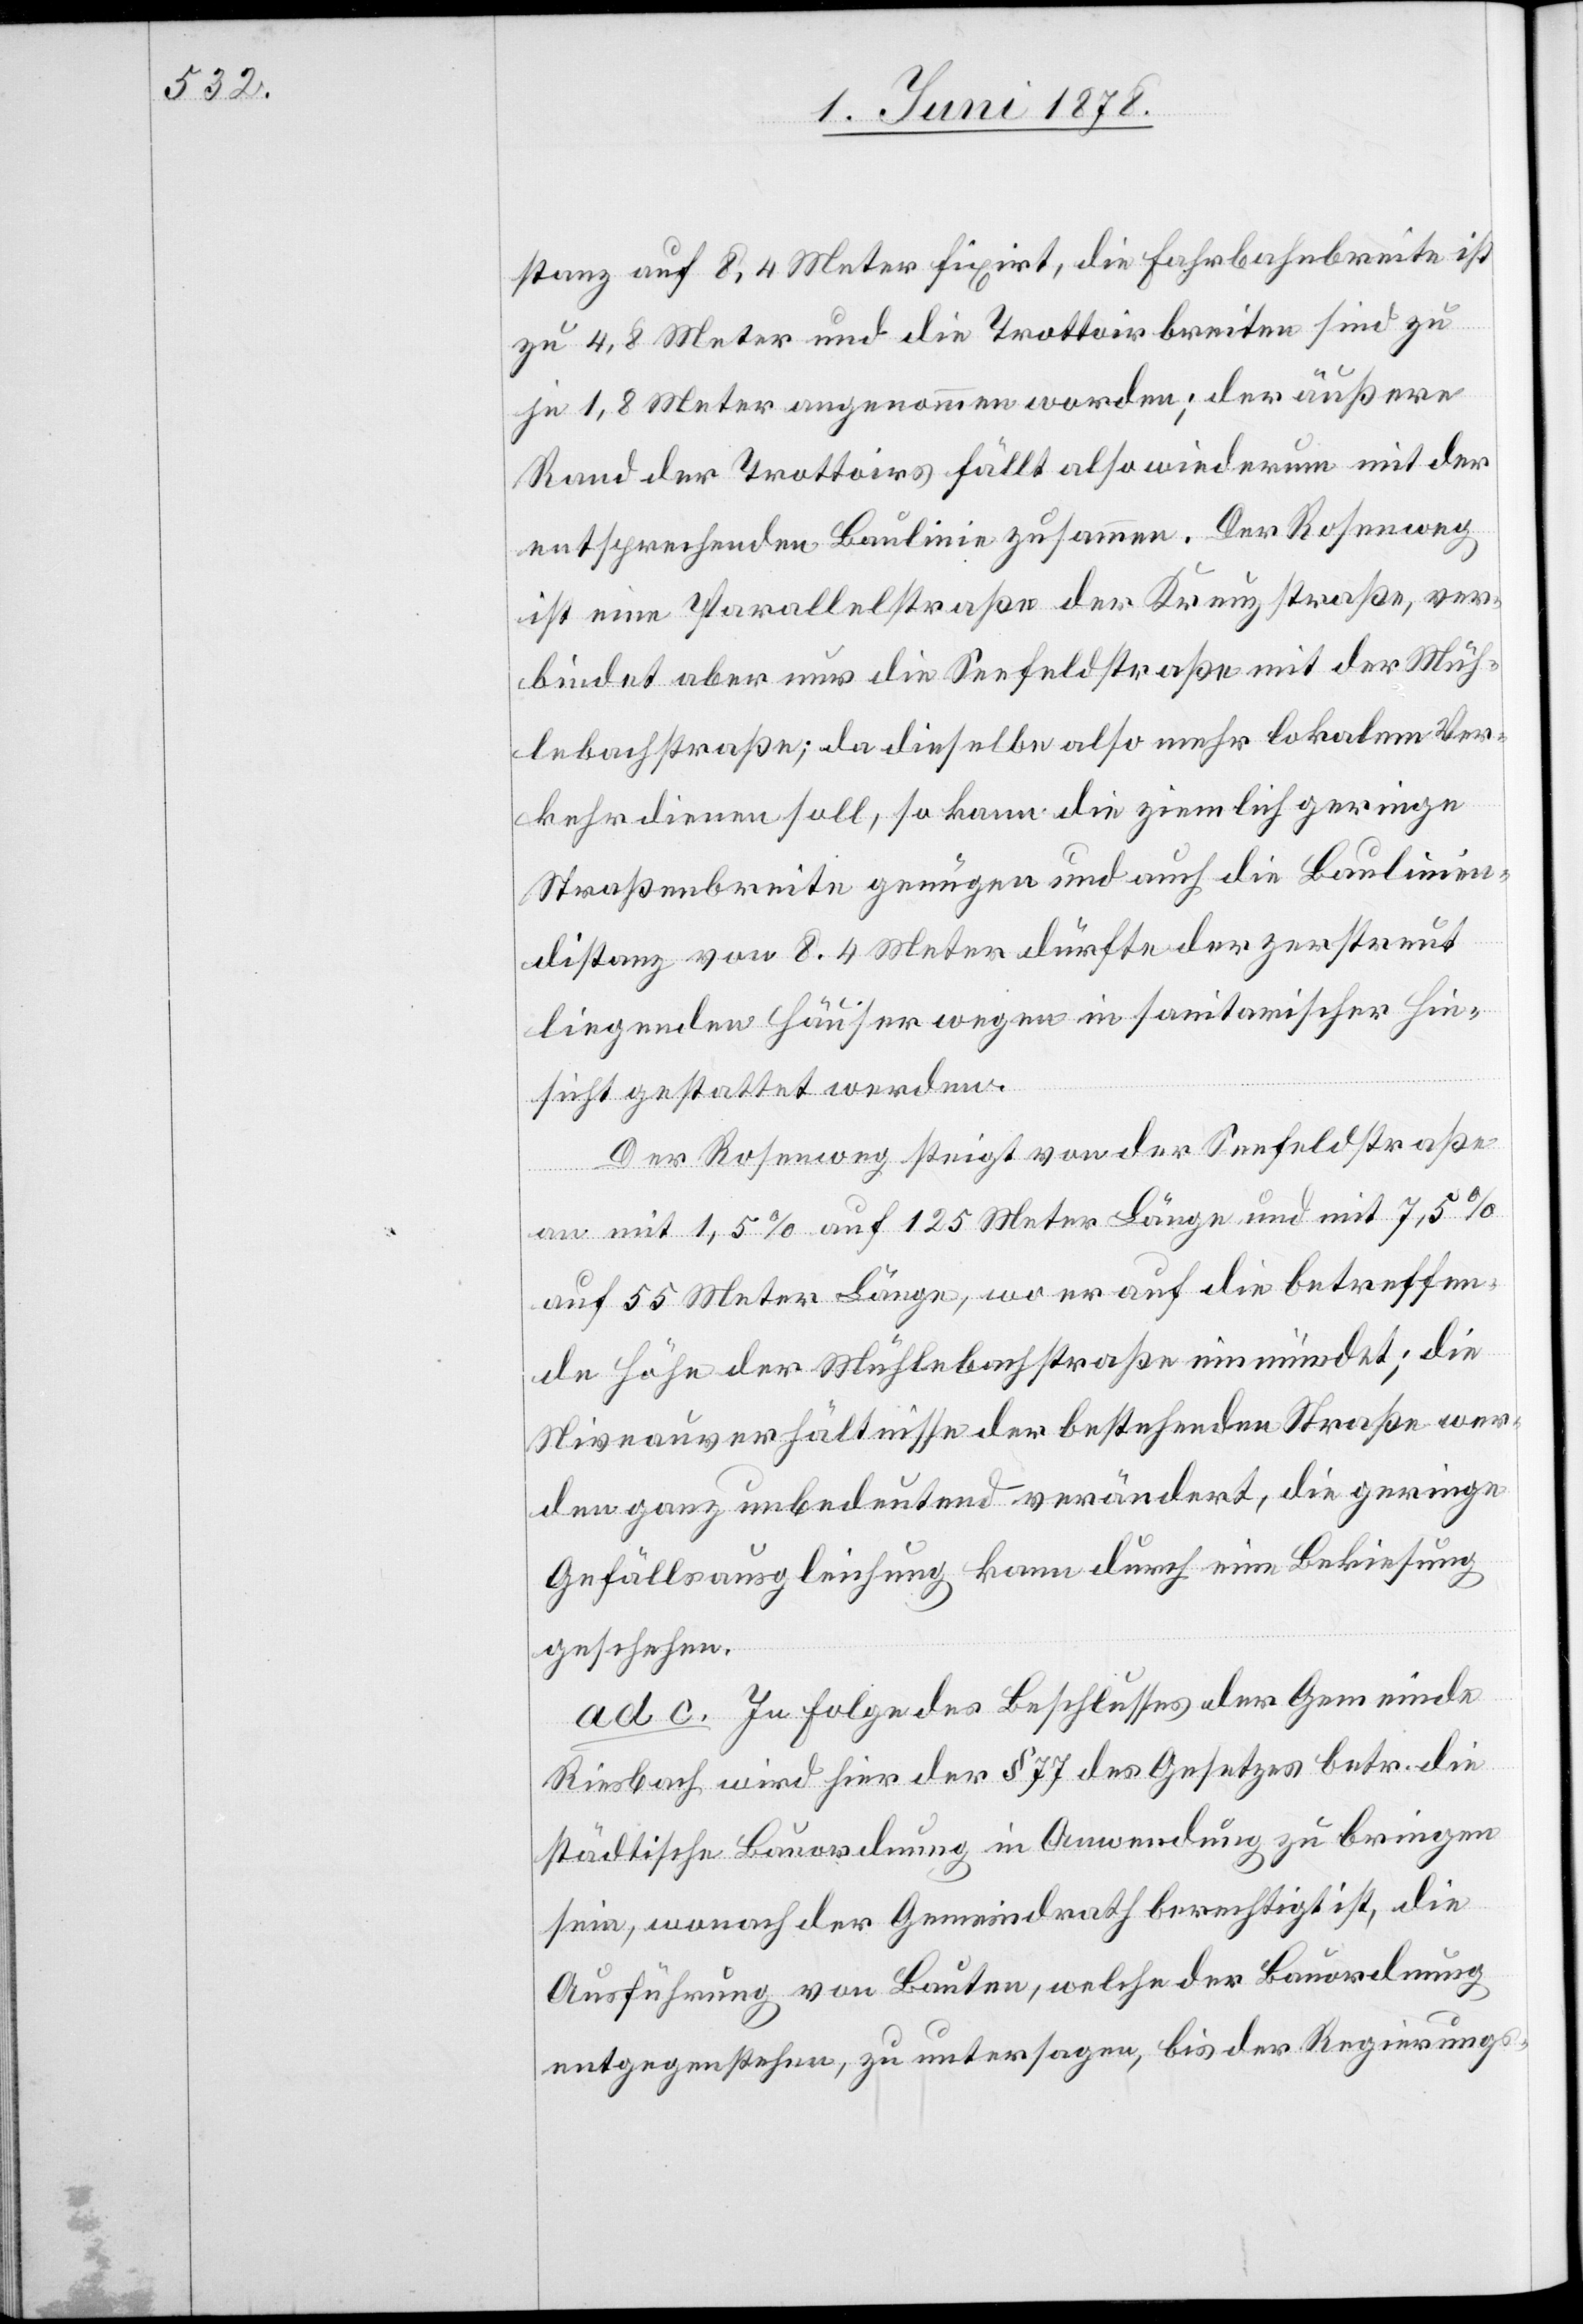
stanz auf 8,4 Meter fixirt, die Fahrbahnbreite ist
zu 4,8 Meter und die Trottoirbreiten sind zu
je 1,8 Meter angenommen worden; der äußere
Rand der Trottoirs fällt also wiederum mit der
entsprechenden Baulinie zusammen. Der Rosenweg
ist eine Parallelstraße der Kreuzstraße, ver¬
bindet aber nur die Seefeldstraße mit der Müh¬
lebachstraße; da dieselbe also mehr lokalen Ver¬
kehr dienen soll, so kann die ziemlich geringe
Straßenbreite genügen und auch die Baulinien¬
distanz von 8,4 Meter dürfte der zerstreut
liegenden Häuser wegen in sanitarischer Hin¬
sicht gestattet werden.
Der Rosenweg steigt von der Seefeldstraße
an mit 1,5% auf 125 Meter Länge und mit 7,5%
auf 55 Meter Länge, wo er auf die betreffen¬
de Höhe der Mühlebachstraße einmündet; die
Niveauverhältnisse der bestehenden Straße wer¬
den ganz unbedeutend verändert, die geringe
Gefällsausgleichung kann durch eine Bekiesung
geschehen.
ad c. In Folge des Beschlusses der Gemeinde
Riesbach wird hier der § 77 des Gesetzes betr. die
städtische Bauordnung in Anwendung zu bringen
sein, wonach der Gemeindrath berechtigt ist, die
Ausführung von Bauten, welche der Bauordnung
entgegenstehen, zu untersagen, bis der Regierungs-